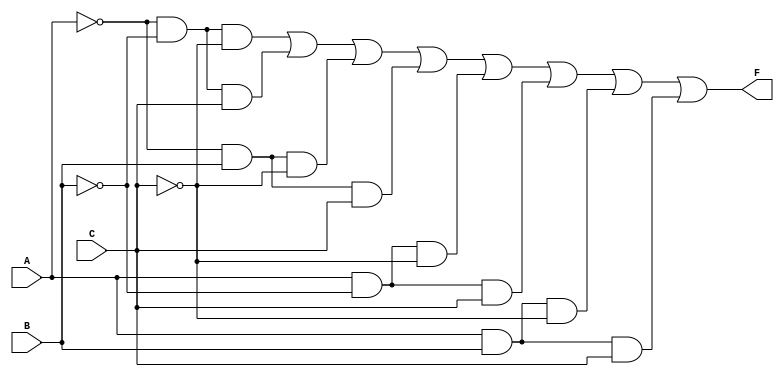
module kmap_three_variable (
    input wire A,      // Input variable A
    input wire B,      // Input variable B
    input wire C,      // Input variable C
    output wire F      // Output function F
);

    // The output F is derived from the K-map representation
    assign F = (~A & ~B & ~C) |   // Cell 0: A'B'C'
               (~A & ~B & C)  |   // Cell 1: A'B'C
               (~A & B & ~C)  |   // Cell 2: A'BC'
               (~A & B & C)   |   // Cell 3: A'BC
               (A & ~B & ~C)  |   // Cell 4: AB'C'
               (A & ~B & C)   |   // Cell 5: AB'C
               (A & B & ~C)   |   // Cell 6: ABC'
               (A & B & C);       // Cell 7: ABC

endmodule